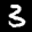
Label: 3